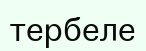
тербеле